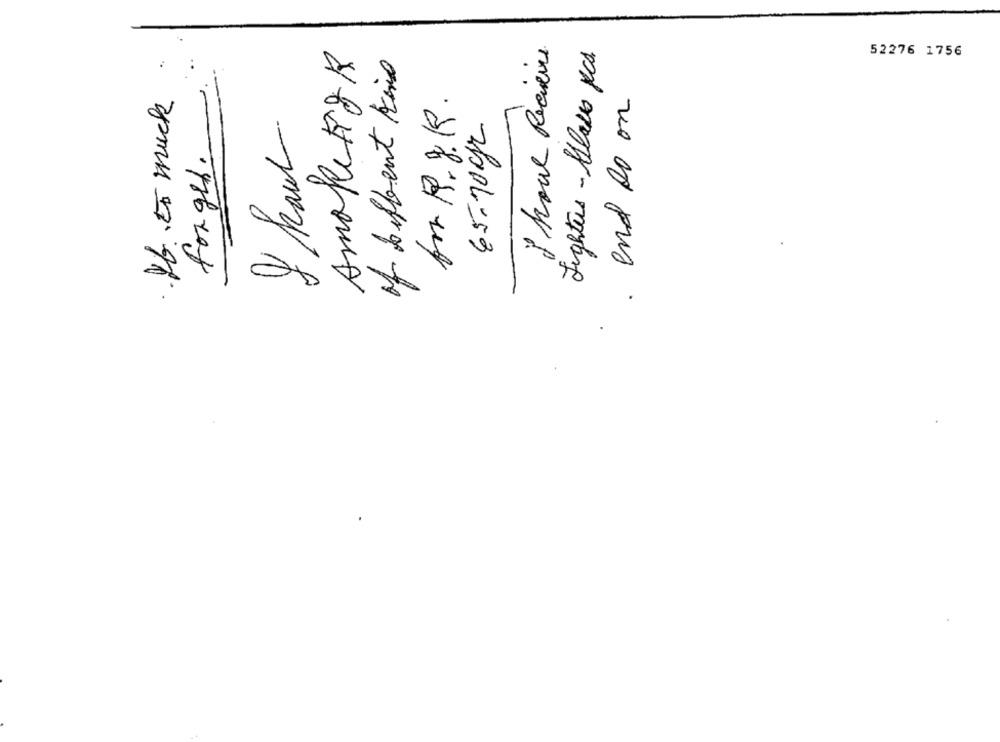
AmakeFOR
2 hour Receive
Fighters - Plass pcs
of biffent kins
52276 1756
-
Kb.to muck
for R.g.K.
and so on
45-10gr
8 hour
forget.